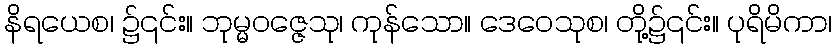
နိရယေစ၊ ၌၎င်း။ ဘုမ္မဝဇ္ဇေသု၊ ကုန်သော။ ဒေဝေသုစ၊ တို့၌၎င်း။ ပုရိမိကာ၊